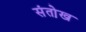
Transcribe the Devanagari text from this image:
संतो़ख